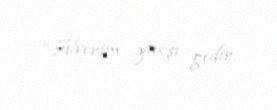
“Alverim yaxşı gedir.